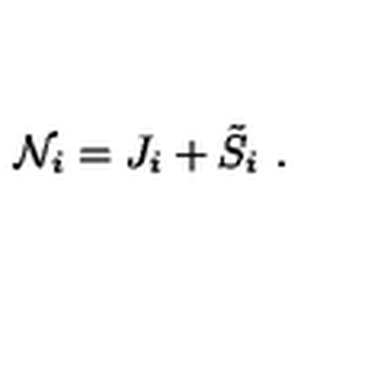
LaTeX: { \cal N } _ { i } = J _ { i } + { \tilde { S } } _ { i } \ .